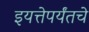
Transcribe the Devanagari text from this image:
इयत्तेपर्यंतचे